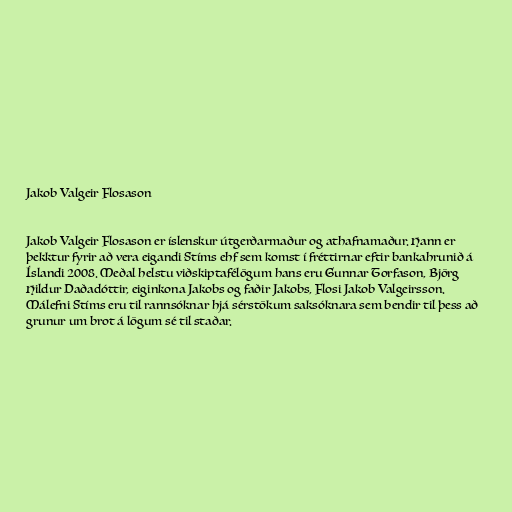
Jakob Valgeir Flosason

Jakob Valgeir Flosason er íslenskur útgerðarmaður og athafnamaður. Hann er
þekktur fyrir að vera eigandi Stíms ehf sem komst í fréttirnar eftir bankahrunið á
Íslandi 2008. Meðal helstu viðskiptafélögum hans eru Gunnar Torfason, Björg
Hildur Daðadóttir, eiginkona Jakobs og faðir Jakobs, Flosi Jakob Valgeirsson.
Málefni Stíms eru til rannsóknar hjá sérstökum saksóknara sem bendir til þess að
grunur um brot á lögum sé til staðar.